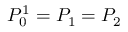
P _ { 0 } ^ { 1 } = P _ { 1 } = P _ { 2 }